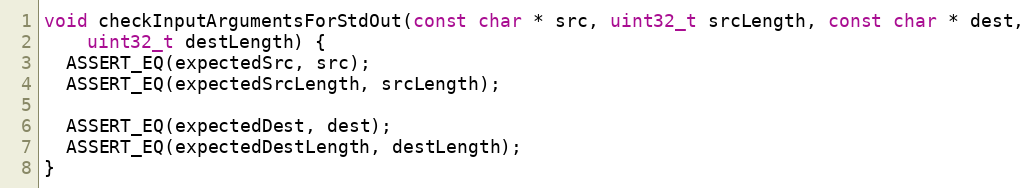
Language: C++
void checkInputArgumentsForStdOut(const char * src, uint32_t srcLength, const char * dest,
    uint32_t destLength) {
  ASSERT_EQ(expectedSrc, src);
  ASSERT_EQ(expectedSrcLength, srcLength);

  ASSERT_EQ(expectedDest, dest);
  ASSERT_EQ(expectedDestLength, destLength);
}